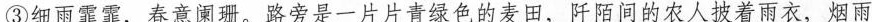
③细雨霏霏，春意珊。路旁是一片片青绿色的麦田，阡陌间的农人披着雨衣，烟雨